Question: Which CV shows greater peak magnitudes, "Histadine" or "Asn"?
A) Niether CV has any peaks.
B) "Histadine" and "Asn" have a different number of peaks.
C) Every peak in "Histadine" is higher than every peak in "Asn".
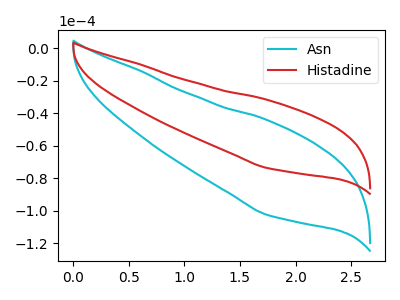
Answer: <think>The cyan curve "Asn" has no peaks. The red curve "Histadine" has no peaks.</think>
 <answer>A) Niether CV has any peaks.</answer>
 <eval>A</eval>